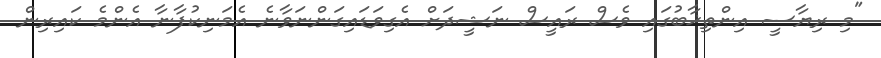
"މި ރިޔާސީ އިންތިޚާބުގައި ވެސް ރައީސް ނަޝީދަށް އެގިވަޑައިގަންނަވާނެ އެމަނިކުފާނާ އެންމެ ކައިރިން